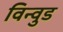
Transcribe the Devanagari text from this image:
विन्वुड